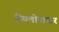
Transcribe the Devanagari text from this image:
स्पिलोगास्टर